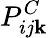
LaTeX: P_{ij\mathbf{k}}^{C}